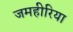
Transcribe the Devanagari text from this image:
जमहीरिया